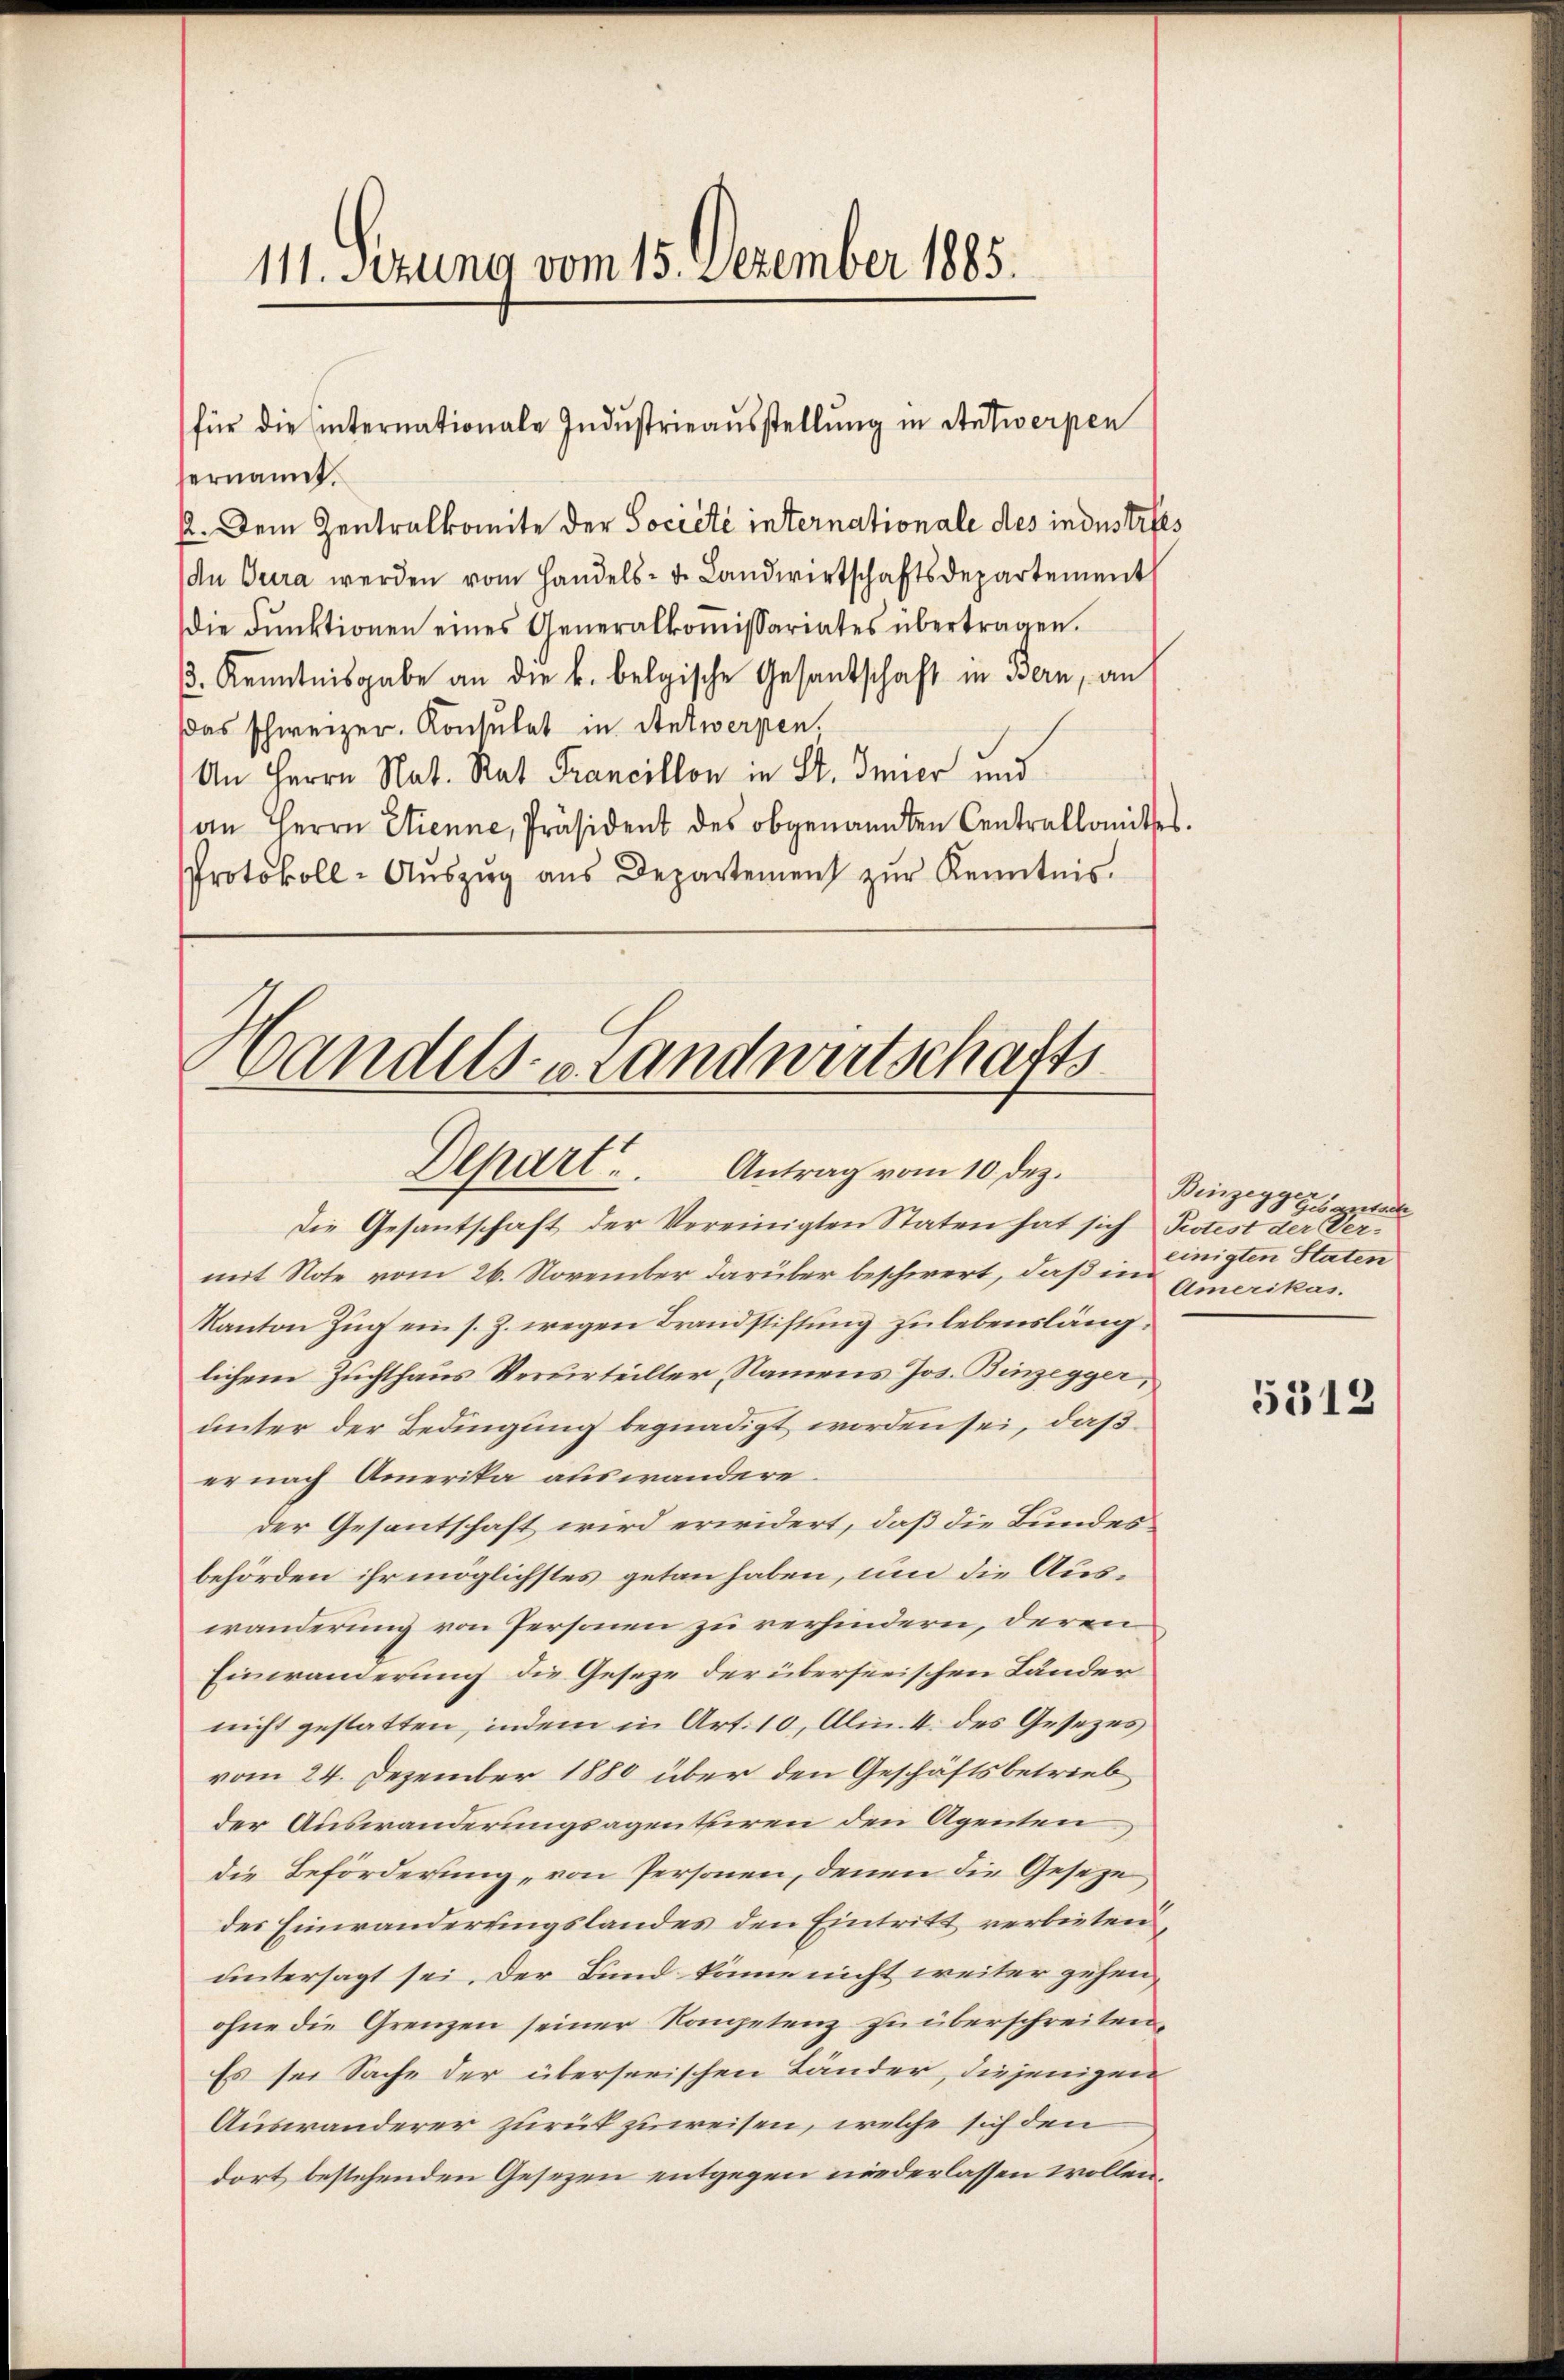
111. Sezung vom 15. Dezember 1885.

ernannt.
22. Dem Zentralkomite der Société internationale des industries
An Jura werden vom Handels- u. Landwirtschaftsdepartement
die Fŭnktionen eines Generalkoṁissariates übertragen.
3. Kenntnisgabe an die k. belgische Gesantschaft in Bern, an
das schweizer. Konsulat in Antwerpen.
An Herrn Nat. Rat Francillon in St. Imier und
an Herrn Etienne, Präsident des obgenannten Centralkomites.
Protokoll- Aŭszŭg ans Departement zŭr Kenntnis.

für die hinternationale Industrieausstellung in Antwerpen

Wandels- u Landwirtschafts
Depart. Antrag vom 10. dez.

Die Gesantschaft der Vereinigten Staten hat sich Protest der Vermit Note vom 26. November darüber beschwert, daß im
Kanton Zŭg ein s. Z. wegen Brandstiftung zu lebenslänglichem Zuchthaus Verurteilter, Namens Jos. Binzegger,
unter der Bedingung begnadigt worden sei, daß
er nach Amerika auswandere
der Gesantschaft wird erwidert, daß die Bundes
behörden ihr möglichstes getan haben, um die Auswanderung von Personen zu verhindern, deren
Einwanderung die Gesetze der überseeischen Länder
nicht gestatten, indem in Art. 10, Alin. 4. des Gesezes
vom 24. Dezember 1880 über den Geschäftsbetrieb
der Auswanderungsagentuiren den Agenten
die Beförderung von Personen, denen die Geseze
des Einwanderungslandes den Eintritt verbieten
untersagt sei. Der Bund könne nicht weiter gehen,
ohne die Grenzen seiner Kompetenz zu überschreiten,
Es sei Sache der überserischen Länder, diejenigen
Auswanderer zurükzuweisen, welche sich den
dort bestehenden Gesezen entgegen niederlassen wollen.

e
Binzegg
Gesantsch
einigten Staten
Amerikas.

5312